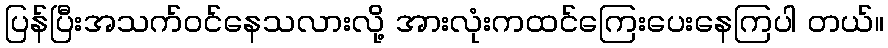
ပြန်ပြီးအသက်ဝင်နေသလားလို့ အားလုံးကထင်ကြေးပေးနေကြပါ တယ်။